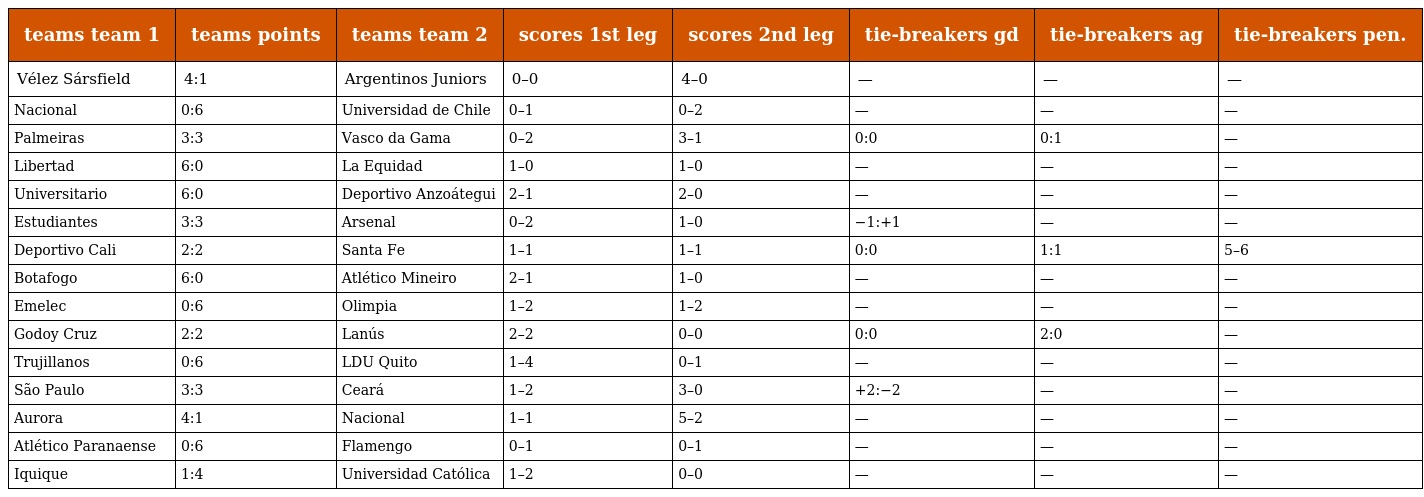
| teams team 1 | teams points | teams team 2 | scores 1st leg | scores 2nd leg | tie-breakers gd | tie-breakers ag | tie-breakers pen. |
 | --- | --- | --- | --- | --- | --- | --- | --- |
 | Vélez Sársfield | 4:1 | Argentinos Juniors | 0–0 | 4–0 | — | — | — |
 | Nacional | 0:6 | Universidad de Chile | 0–1 | 0–2 | — | — | — |
 | Palmeiras | 3:3 | Vasco da Gama | 0–2 | 3–1 | 0:0 | 0:1 | — |
 | Libertad | 6:0 | La Equidad | 1–0 | 1–0 | — | — | — |
 | Universitario | 6:0 | Deportivo Anzoátegui | 2–1 | 2–0 | — | — | — |
 | Estudiantes | 3:3 | Arsenal | 0–2 | 1–0 | −1:+1 | — | — |
 | Deportivo Cali | 2:2 | Santa Fe | 1–1 | 1–1 | 0:0 | 1:1 | 5–6 |
 | Botafogo | 6:0 | Atlético Mineiro | 2–1 | 1–0 | — | — | — |
 | Emelec | 0:6 | Olimpia | 1–2 | 1–2 | — | — | — |
 | Godoy Cruz | 2:2 | Lanús | 2–2 | 0–0 | 0:0 | 2:0 | — |
 | Trujillanos | 0:6 | LDU Quito | 1–4 | 0–1 | — | — | — |
 | São Paulo | 3:3 | Ceará | 1–2 | 3–0 | +2:−2 | — | — |
 | Aurora | 4:1 | Nacional | 1–1 | 5–2 | — | — | — |
 | Atlético Paranaense | 0:6 | Flamengo | 0–1 | 0–1 | — | — | — |
 | Iquique | 1:4 | Universidad Católica | 1–2 | 0–0 | — | — | — |